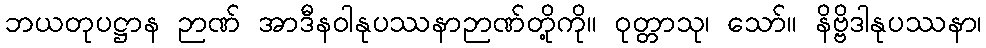
ဘယတုပဋ္ဌာန ဉာဏ် အာဒီနဝါနုပဿနာဉာဏ်တို့ကို။ ဝုတ္တာသု၊ သော်။ နိဗ္ဗိဒါနုပဿနာ၊